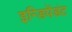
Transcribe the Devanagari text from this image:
इन्डिपेंडंट